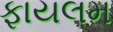
ફાયલમ